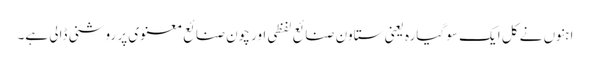
ا ہنوں نے کل ایک سو گیارہ یعنی ستاون صنائع لفظی اور چون صنائع معنوی پر روشنی ڈالی ہے۔